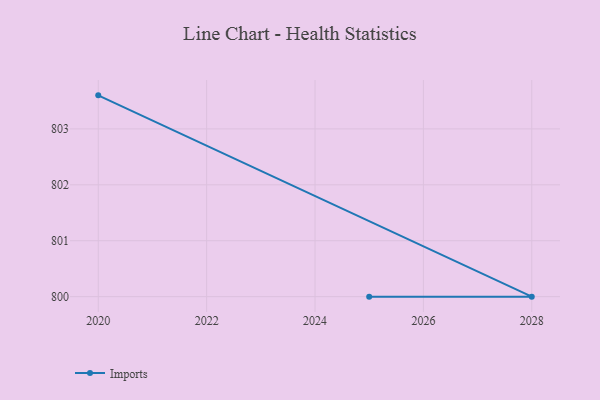
{"axis": {"x": "Year", "y": "Market Share (%)"}, "legend": ["Imports"], "data": [{"x": "2020", "y": 803.6, "type": "Imports"}, {"x": "2028", "y": 800, "type": "Imports"}, {"x": "2025", "y": 800, "type": "Imports"}]}